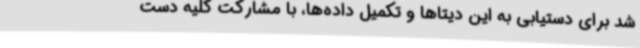
شد برای دستیابی به این دیتاها و تکمیل داده‌ها، با مشارکت کلیه دست